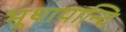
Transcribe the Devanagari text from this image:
भूथापान्दि